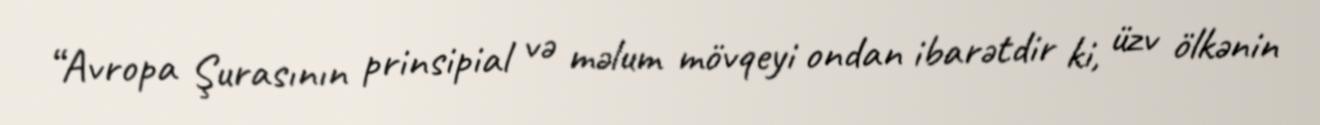
“Avropa Şurasının prinsipial və məlum mövqeyi ondan ibarətdir ki, üzv ölkənin